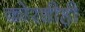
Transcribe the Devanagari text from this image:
कोरडीही